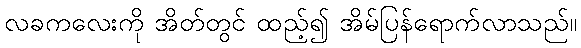
လခကလေးကို အိတ်တွင် ထည့်၍ အိမ်ပြန်ရောက်လာသည်။